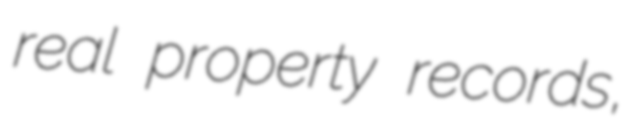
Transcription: real property records,